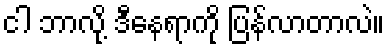
ငါ ဘာလို့ ဒီနေရာကို ပြန်လာတာလဲ။